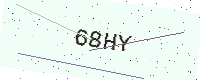
Text: 68HY